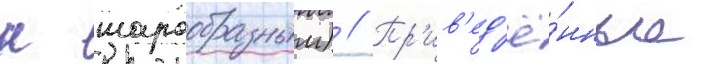
к шарообразным) // Пр'ив'ед'ё́нные